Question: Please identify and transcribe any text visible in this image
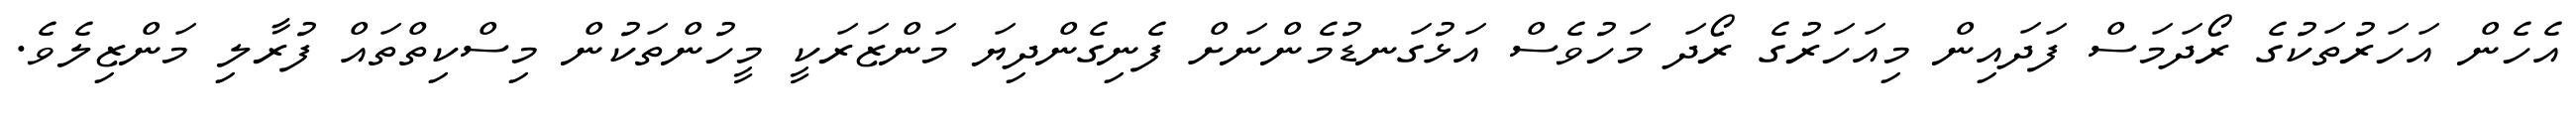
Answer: އެހެން އަހަރުތަކުގެ ރޯދަމަސް ފަދައިން މިއަހަރުގެ ރޯދަ މަހުވެސް އަޅުގަނޑުމެންނަށް ފެނިގެންދިޔަ މަންޒަރަކީ މީހުންތަކުން މިސްކިތްތައް ފުރާލި މަންޒިލެވެ.